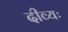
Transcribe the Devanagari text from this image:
दीव्यः